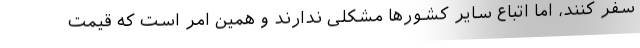
سفر کنند، اما اتباع سایر کشورها مشکلی ندارند و همین امر است که قیمت